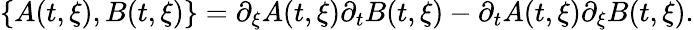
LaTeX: \lbrace A(t,\xi),B(t,\xi)\rbrace=\partial_{\xi}A(t,\xi)\partial_{t}B(t,\xi)-\partial_{t}A(t,\xi)\partial_{\xi}B(t,\xi).